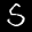
Label: 5